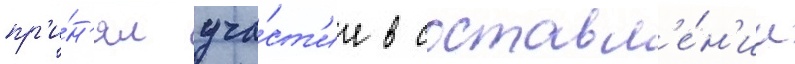
пр'и́н'ял уча́ст'ие в составл'е́н'ии